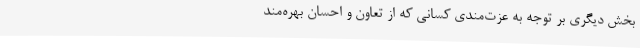
بخش دیگری بر توجه به عزت‌مندی کسانی که از تعاون و احسان بهره‌مند